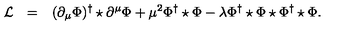
\begin{array} { r c l } { { \cal L } } & { = } & { \displaystyle ( \partial _ { \mu } \Phi ) ^ { \dagger } \star \partial ^ { \mu } \Phi + \mu ^ { 2 } \Phi ^ { \dagger } \star \Phi - \lambda \Phi ^ { \dagger } \star \Phi \star \Phi ^ { \dagger } \star \Phi . } \\ \end{array}